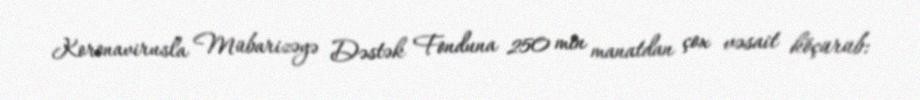
Koronavirusla Mübarizəyə Dəstək Fonduna 250 min manatdan çox vəsait köçürüb: